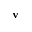
\textbf { v }